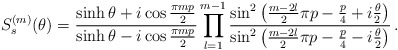
\begin{align*}S^{(m)}_{s}(\theta )=\frac{\sinh \theta +i\cos \frac{\pi mp}{2}}{\sinh \theta -i\cos \frac{\pi mp}{2}}\prod ^{m-1}_{l=1}\frac{\sin ^{2}\left( \frac{m-2l}{2}\pi p-\frac{p}{4}+i\frac{\theta }{2}\right) }{\sin ^{2}\left( \frac{m-2l}{2}\pi p-\frac{p}{4}-i\frac{\theta }{2}\right) }\,.\end{align*}